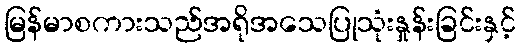
မြန်မာစကားသည်အရိုအသေပြုသုံးနှုန်းခြင်းနှင့်